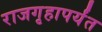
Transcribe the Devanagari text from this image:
राजगृहापर्यंत